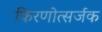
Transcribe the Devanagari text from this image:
किरणोत्सर्जक